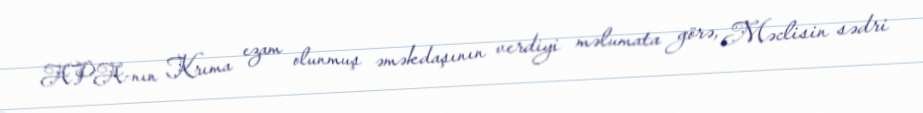
APA-nın Krıma ezam olunmuş əməkdaşının verdiyi məlumata görə, Məclisin sədri